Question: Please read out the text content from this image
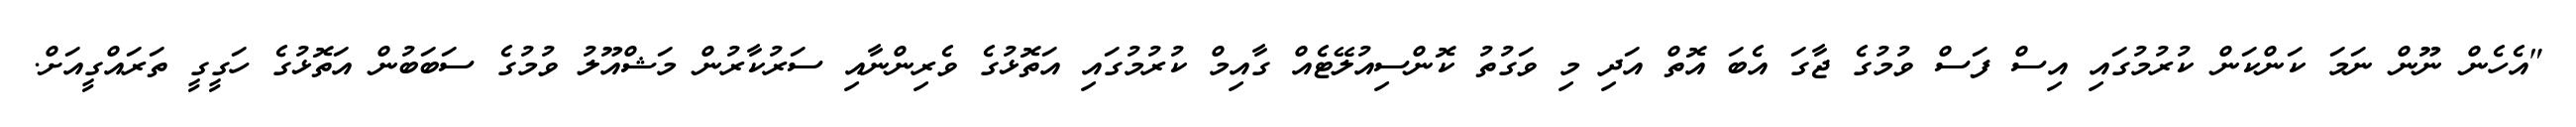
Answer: "އެހެން ނޫން ނަމަ ކަންކަން ކުރުމުގައި އިސް ފަސް ވުމުގެ ޖާގަ އެބަ އޮތް އަދި މި ވަގުތު ކޮންސިއުލޭޓެއް ގާއިމް ކުރުމުގައި އަތޮޅުގެ ވެރިންނާއި ސަރުކާރުން މަޝްއޫލު ވުމުގެ ސަބަބުން އަތޮޅުގެ ހަގީގީ ތަރައްގީއަށް.